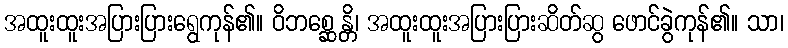
အထူးထူးအပြားပြားရွေကုန်၏။ ဝိဘစ္ဆေန္တိ၊ အထူးထူးအပြားပြားဆိတ်ဆွ ဖောင်ခွဲကုန်၏။ သာ၊